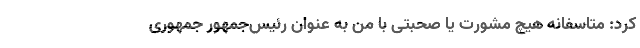
کرد: متاسفانه هیچ مشورت یا صحبتی با من به عنوان رئیس‌جمهور جمهوری